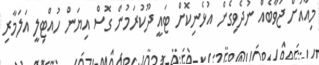
މިއާއަށް ޖަވާބެއް ނުދެވިގެން އުޅެނިކޮށް ޓައީ ދޫކުރަމުން ގޮސް އިޔަން ހުއްޓިލީ އަލަމާރި